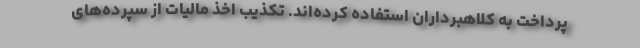
پرداخت به کلاهبرداران استفاده کرده‌اند. تکذیب اخذ مالیات از سپرده‌های